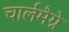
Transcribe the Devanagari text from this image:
चार्लमैग्ने